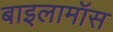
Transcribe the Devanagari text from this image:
बाइलामॉस